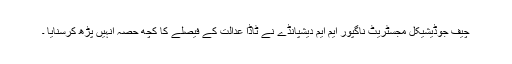
چیف جوڈیشیکل مجسٹریٹ ناگپور ایم ایم دیشپانڈے نے ٹاڈا عدالت کے فیصلے کا کچھ حصہ انہیں پڑھ کرسنایا ۔